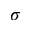
\sigma